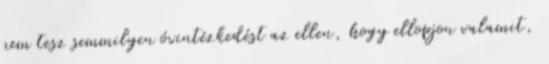
nem tesz semmilyen óvintézkedést az ellen, hogy ellopjon valamit,